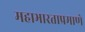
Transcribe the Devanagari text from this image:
महाभारताप्रमाणे